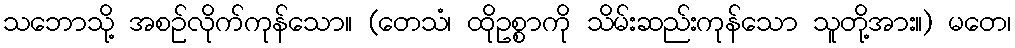
သဘောသို့ အစဉ်လိုက်ကုန်သော။ (တေသံ၊ ထိုဥစ္စာကို သိမ်းဆည်းကုန်သော သူတို့အား။) မတေ၊